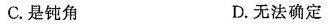
C.是钝角 D.无法确定